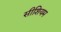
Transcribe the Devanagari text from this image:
सीशियम